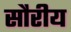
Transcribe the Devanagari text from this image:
सौरीय